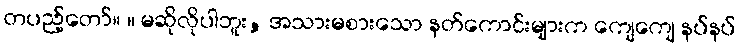
တပည့်တော်။ ။ မဆိုလိုပါဘူး, အသားမစားသော နတ်ကောင်းများက ကျေကျေ နပ်နပ်